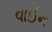
વાઈન